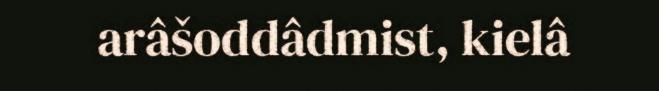
arâšoddâdmist, kielâ